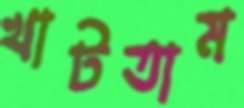
খাটতাম